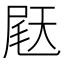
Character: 𫯨